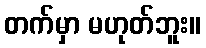
တက်မှာ မဟုတ်ဘူး။